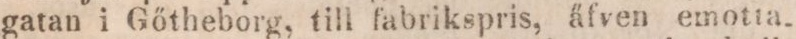
gatan i Gőtheborg, till fabrikspris, äfven emotta-